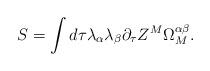
LaTeX: \begin{align*}S=\int d\tau\lambda_\alpha\lambda_\beta \partial_\tau Z^M\Omega_M^{\alpha\beta}.\end{align*}